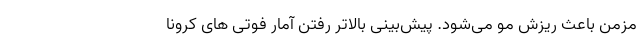
مزمن باعث ریزش مو می‌شود. پیش‌بینی بالاتر رفتن آمار فوتی ‌های کرونا